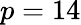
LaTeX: p=14